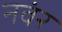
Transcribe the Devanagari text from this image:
नवंर